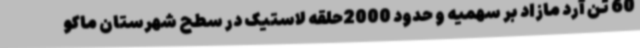
60 تن آرد مازاد بر سهمیه و حدود 2000حلقه لاستیک در سطح شهرستان ماکو